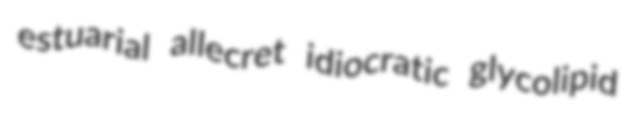
estuarial allecret idiocratic glycolipid